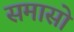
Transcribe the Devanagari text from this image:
समासो